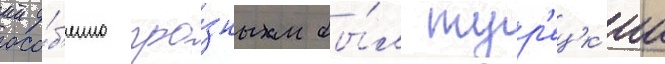
осо́б'енно гро́зным бы́л тур'ецк'ии